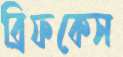
ব্রিফকেস